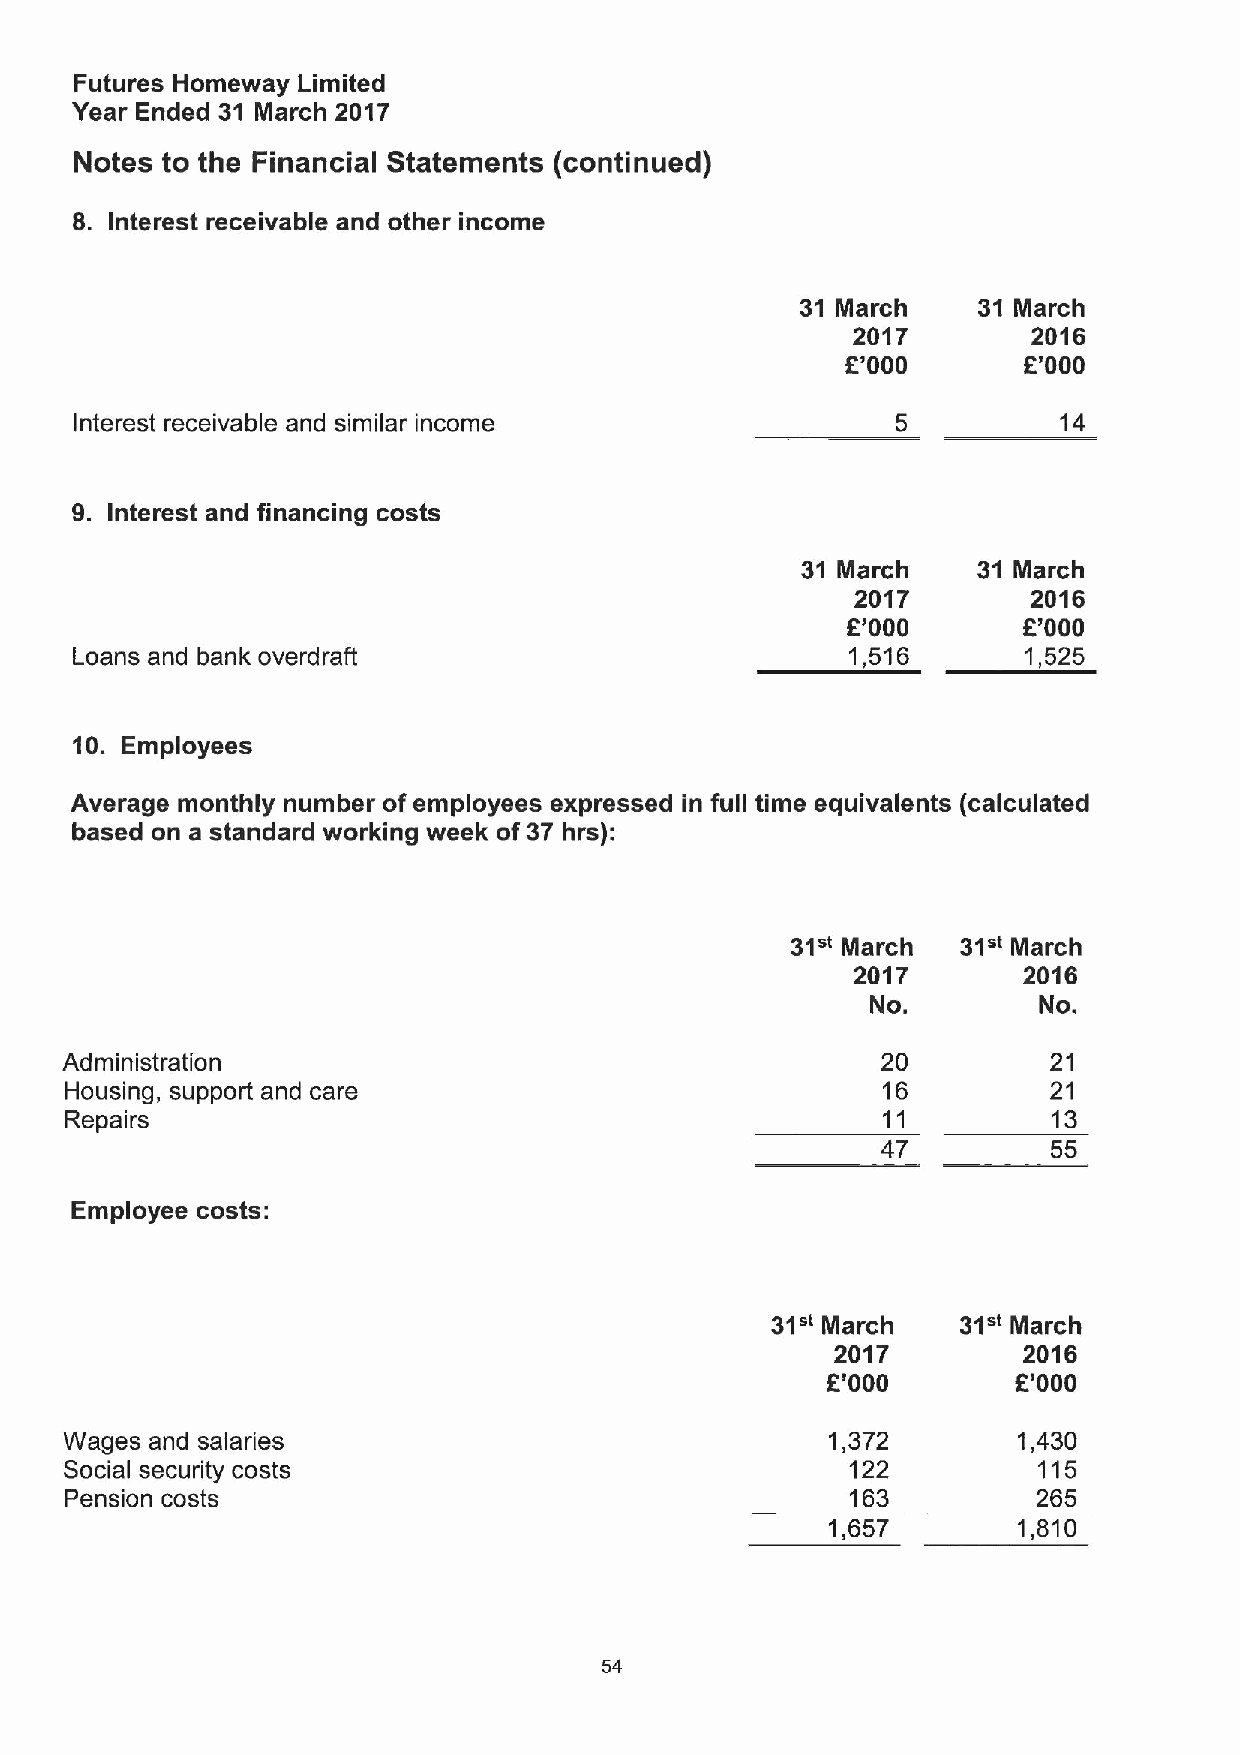
Futures Homeway Limited
 Year Ended 31 March 2017
 Notes to the Financial Statements (continued)
 8. Interest receivable and other income
 31 March    31 March
 2017        2016
 6'000       f'000
 Interest receivable and similar income                           14
 9. Interest and financing costs
 31 March    31 March
 2017       2016
 R'000       E'000
 Loans and bank overdraft                           1,516       1,525
 10. Employees
 Average monthly number ofemployees expressed in full time equivalents (calculated
 based on a standard working week of 37 hrs):
 31"         31"
 March      March
 2017       2016
 No.        No.
 Administration                                        20          21
 Housing, support and care                             16          21
 Repairs                                               11          13
 47          55
 Employee costs:
 31"          31"
 March        March
 2017         2016
 6'000       E'000
 Wages and salaries                                 1,372       1,430
 Social security costs                               122          115
 Pension costs                                       163          265
 1,657       1,810
 54